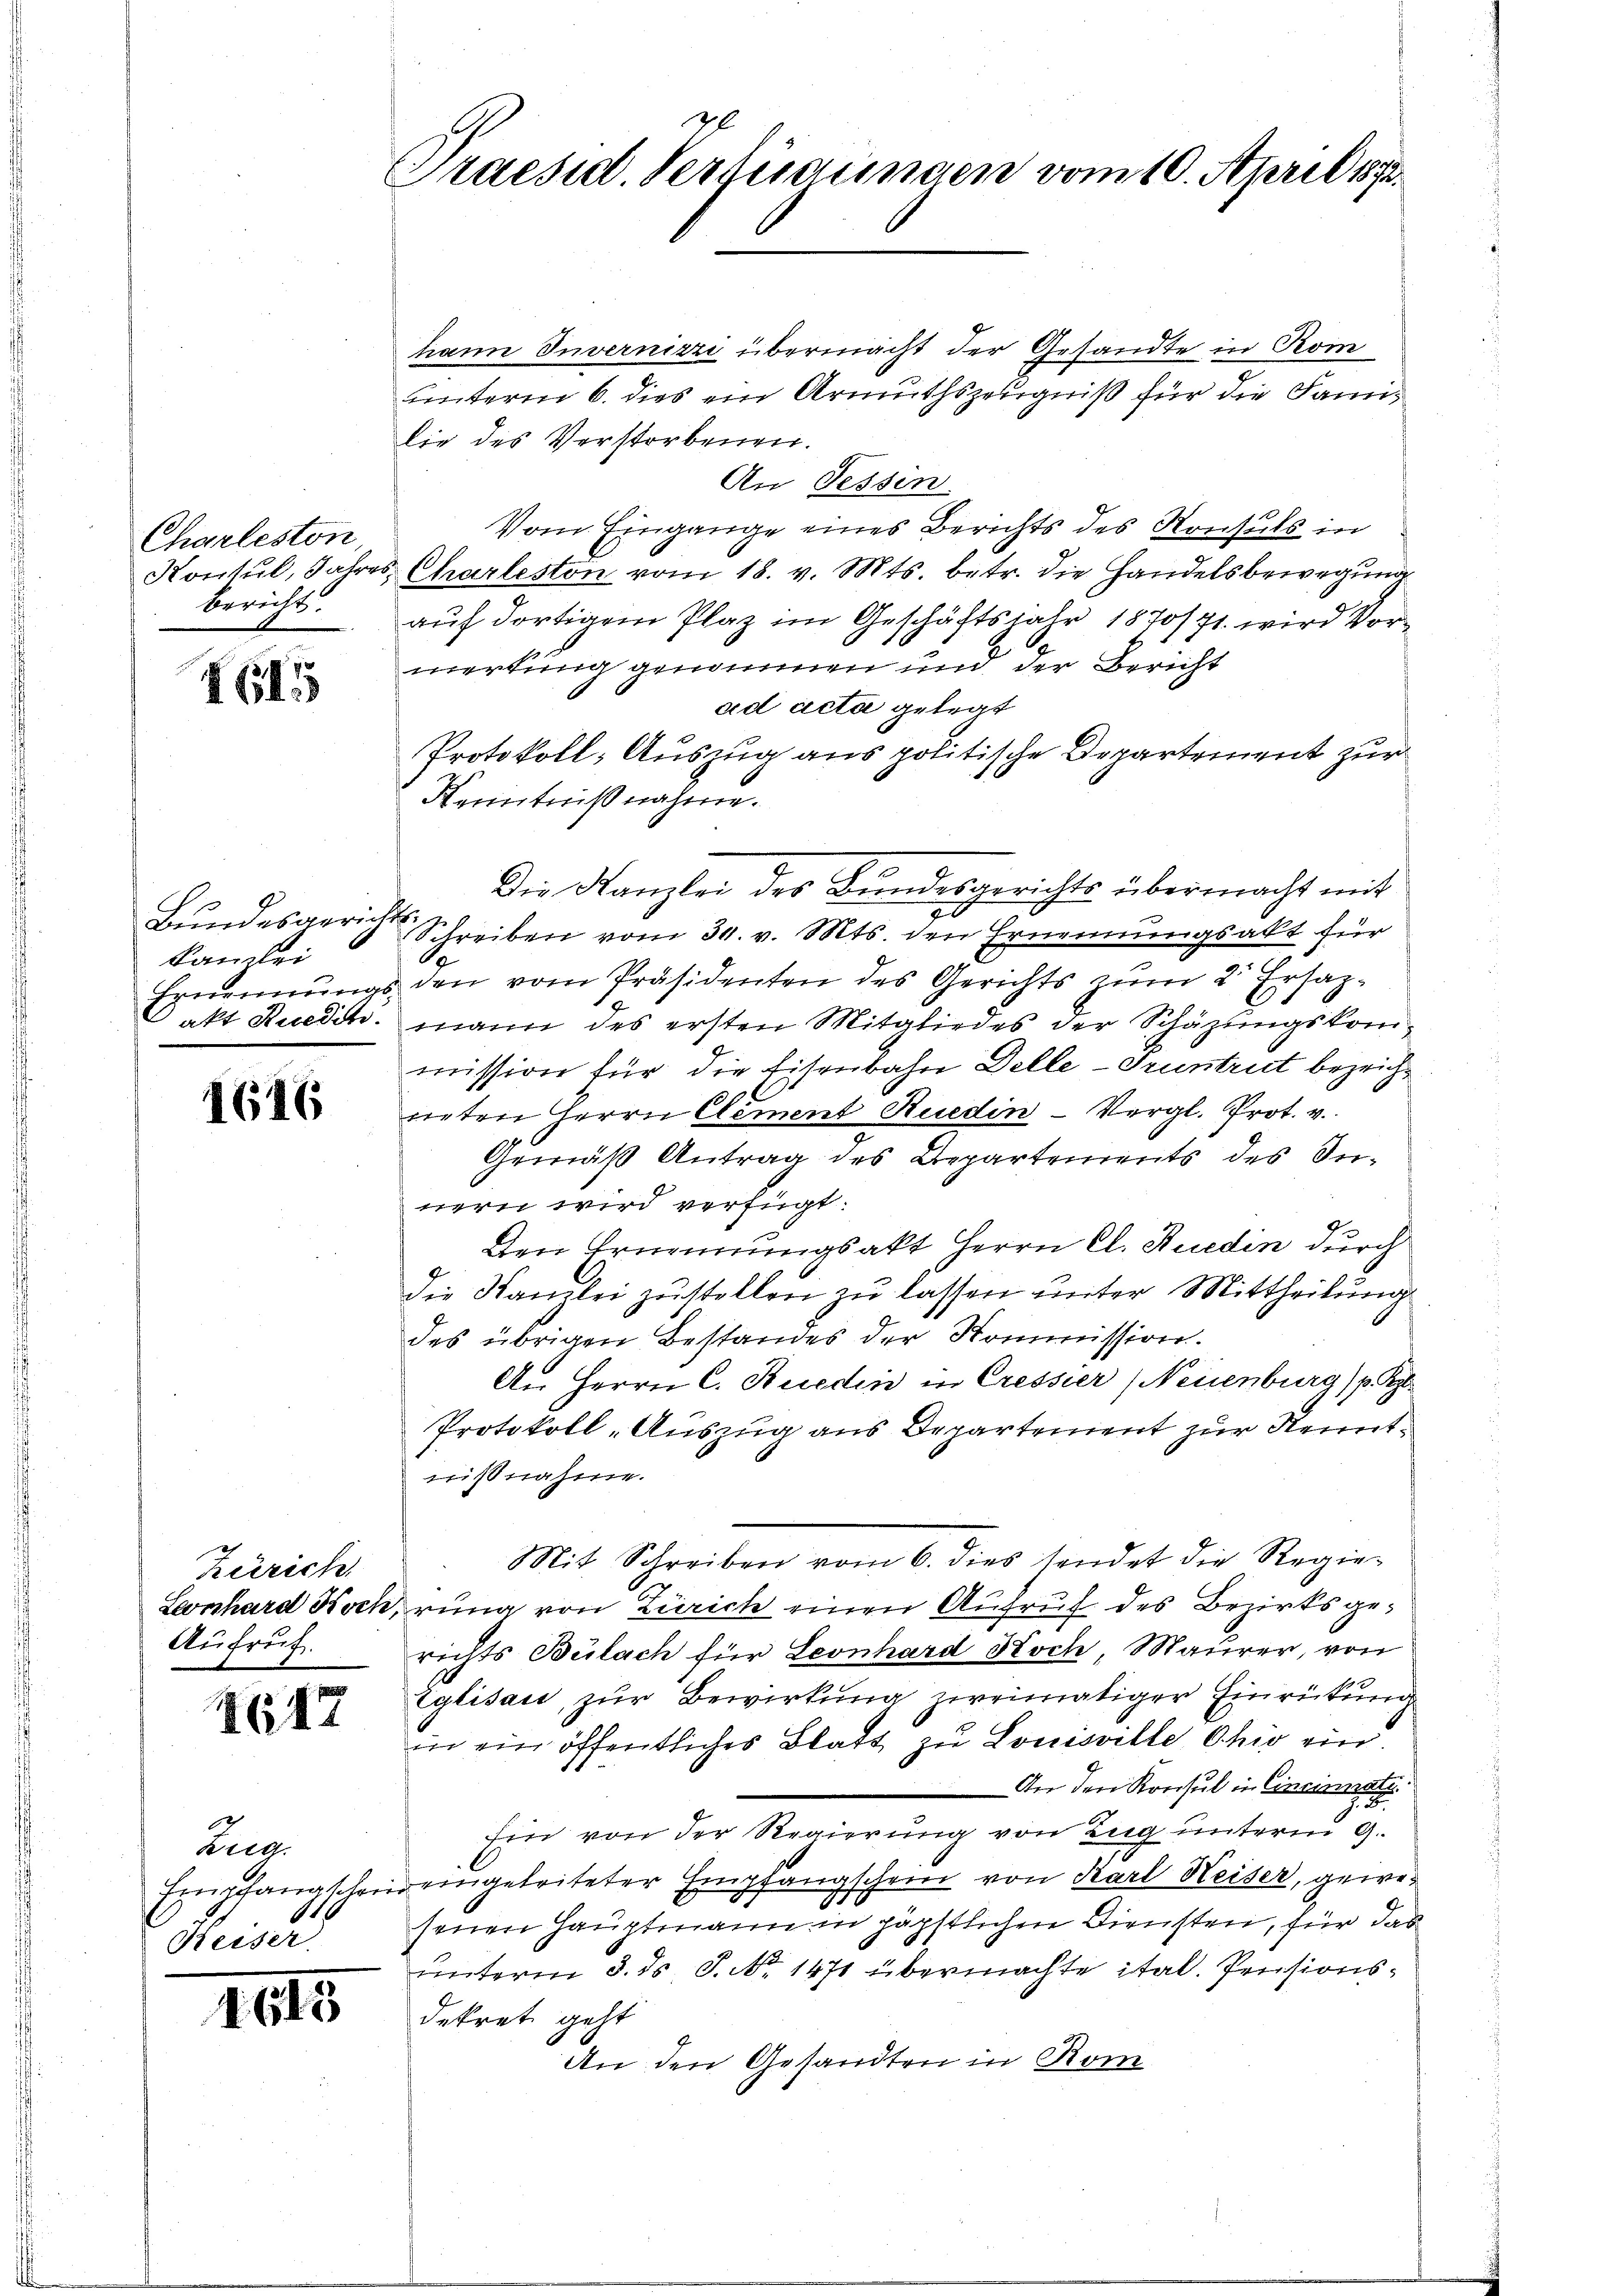
Charleston,
Konsul, Jahres
bericht.

G1

kanzlei

1616

Zürich.
Aufruf.

1647

Eug
Heiser

II15

Praesid. Verfügungen vom 10. April 1873.

hann Invernizzi übermacht der Gesandte in Rom
unterm 6. dies ein Armuthszeugniß für die Familie des Verstorbenen.
An Tessin.
Vom Eingange eines Berichts des Konsuls in
Charleston vom 18. v. Mts. betr. die Handelsbewegung
auf dortigem Plaz im Geschäftsjahr 1870/71. wird Vormerkung genommen und der Bericht
ad acta gelegt
Protokoll- Auszug aus politische Departement zur
Kenntnißnahme.
Die Kanzlei des Bundesgerichts übermacht mit
Bundesgerichts Schreiben vom 30. v. Mts. den Ernennungsakt für
e
Ernennungs den vom Präsidenten des Gerichts zum 2. Ersazakt Ruedch. Mann des ersten Mitgliedes der Schäzungskommission für die Eisenbahne Delle-Truntrut bezeichneten Herrn Clement Ruedin-Vergl. Prot. v.
Gemäß Antrag des Departements des Innern wird verfügt:
Den Ernennungsakt Herrn Cl. Ruedin durch
die Kanzlei zustellen zu lassen unter Mittheilung
des übrigen Bestandes der Kommission.
An Herrn C. Ruedin in Cressier (Neuenburg (p. R
Protokoll-Auszug aus Departement zur Kenntnißnahme.
Mit Schreiben vom 6. dies sendet die Regie¬
Leonhard Koch, rung von Zürich einen Aufruf des Bezirksgerichts Bülach für Leonhard Koch Maurer, von
Eglisau, zur Bewirkung zweimatiger Einrückung
in ein öffentliches Blatt zu Louisville Ohio ein.
An den Konsul in Cincinat
Eine von der Regierung von Zug unterm 9.
Empfangschein eingeleiteter Empfangschein von Karl Weiser, gewesenen Hauptmann in päpstlichen Diensten, für das
unterm 3. ds. S. No. 1471 übermachte ital. Pensionsdekret geht
An den Gesandten in Rom